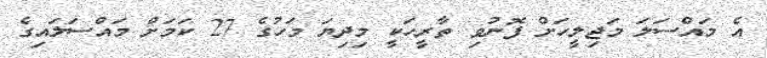
އެ މައްސަލަ މަޖިލީހަށް ފޮނުވި ތާރީހަކީ މިދިޔަ މަހުގެ 27 ކަމަށް މައްސަލައިގެ